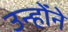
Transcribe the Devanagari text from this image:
उन्होंंने